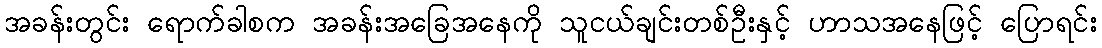
အခန်းတွင်း ရောက်ခါစက အခန်းအခြေအနေကို သူငယ်ချင်းတစ်ဦးနှင့် ဟာသအနေဖြင့် ပြောရင်း